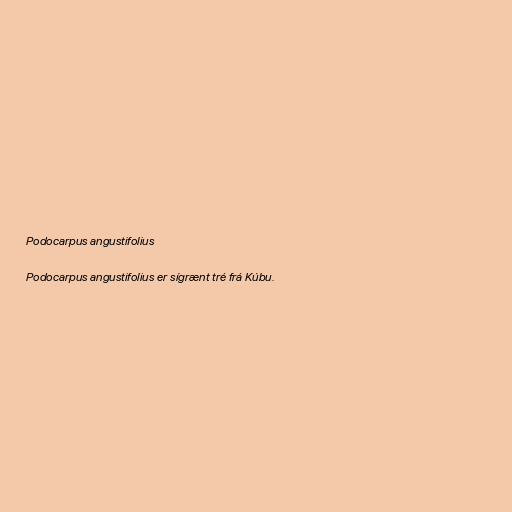
Podocarpus angustifolius

Podocarpus angustifolius er sígrænt tré frá Kúbu.